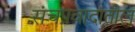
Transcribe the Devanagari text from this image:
संचप्रवादातील